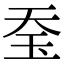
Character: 𤤋